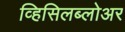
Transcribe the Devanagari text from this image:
व्हिसिलब्लोअर